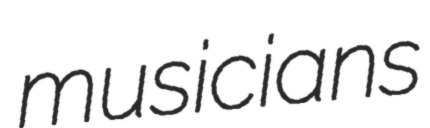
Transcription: musicians